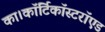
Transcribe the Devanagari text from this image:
का।कॉर्टिकॉस्टरॉएड